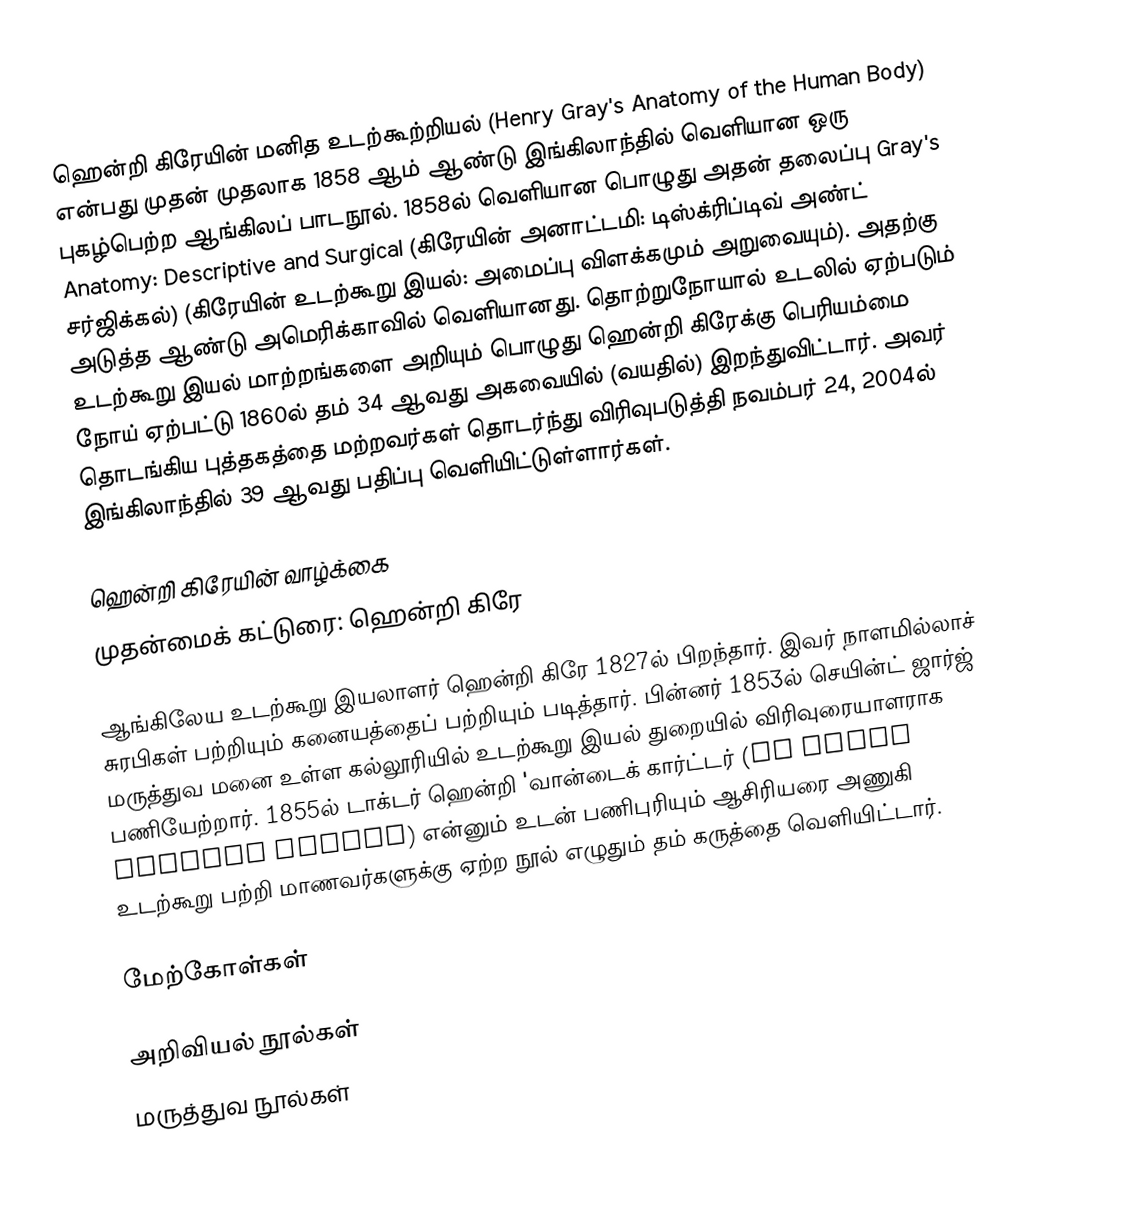
ஹென்றி கிரேயின் மனித உடற்கூற்றியல் (Henry Gray's Anatomy of the Human Body) என்பது முதன் முதலாக 1858 ஆம் ஆண்டு இங்கிலாந்தில் வெளியான ஒரு புகழ்பெற்ற ஆங்கிலப் பாடநூல். 1858ல் வெளியான பொழுது அதன் தலைப்பு Gray's Anatomy: Descriptive and Surgical  (கிரேயின் அனாட்டமி: டிஸ்க்ரிப்டிவ் அண்ட் சர்ஜிக்கல்) (கிரேயின் உடற்கூறு இயல்: அமைப்பு விளக்கமும் அறுவையும்). அதற்கு அடுத்த ஆண்டு அமெரிக்காவில் வெளியானது. தொற்றுநோயால் உடலில் ஏற்படும் உடற்கூறு இயல் மாற்றங்களை அறியும் பொழுது ஹென்றி கிரேக்கு பெரியம்மை நோய் ஏற்பட்டு 1860ல் தம் 34 ஆவது அகவையில் (வயதில்) இறந்துவிட்டார். அவர் தொடங்கிய புத்தகத்தை மற்றவர்கள் தொடர்ந்து விரிவுபடுத்தி நவம்பர் 24, 2004ல் இங்கிலாந்தில் 39 ஆவது பதிப்பு வெளியிட்டுள்ளார்கள்.

ஹென்றி கிரேயின் வாழ்க்கை
முதன்மைக் கட்டுரை: ஹென்றி கிரே

ஆங்கிலேய உடற்கூறு இயலாளர் ஹென்றி கிரே 1827ல் பிறந்தார். இவர் நாளமில்லாச் சுரபிகள் பற்றியும் கனையத்தைப் பற்றியும் படித்தார். பின்னர் 1853ல் செயின்ட் ஜார்ஜ் மருத்துவ மனை உள்ள கல்லூரியில் உடற்கூறு இயல் துறையில் விரிவுரையாளராக பணியேற்றார். 1855ல் டாக்டர் ஹென்றி 'வான்டைக் கார்ட்டர் (Dr Henry Vandyke Carter) என்னும் உடன் பணிபுரியும் ஆசிரியரை அணுகி உடற்கூறு பற்றி மாணவர்களுக்கு ஏற்ற நூல் எழுதும் தம் கருத்தை வெளியிட்டார்.

மேற்கோள்கள்

அறிவியல் நூல்கள்
மருத்துவ நூல்கள்